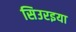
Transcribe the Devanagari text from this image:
सिउरइया